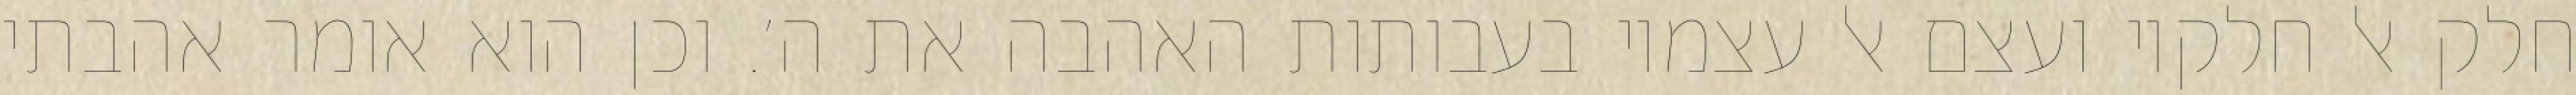
חלק אל חלקיו ועצם אל עצמיו בעבותות האהבה את ה׳. וכן הוא אומר אהבתי